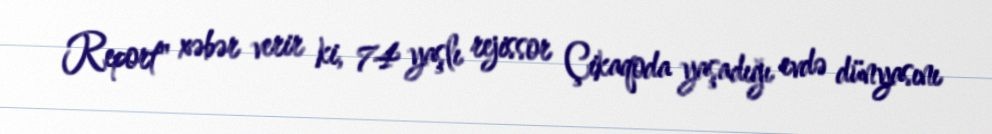
Report" xəbər verir ki, 74 yaşlı rejissor Çikaqoda yaşadığı evdə dünyasını